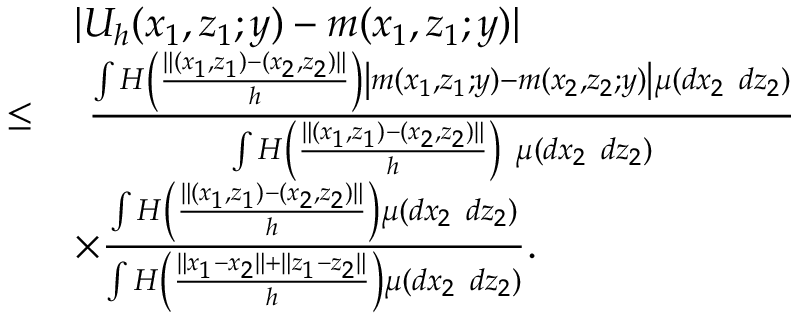
\begin{array} { r l } & { | U _ { h } ( x _ { 1 } , z _ { 1 } ; y ) - m ( x _ { 1 } , z _ { 1 } ; y ) | } \\ { \leq } & { \ \frac { \int H \left( \frac { \| ( x _ { 1 } , z _ { 1 } ) - ( x _ { 2 } , z _ { 2 } ) \| } { h } \right) \left| m ( x _ { 1 } , z _ { 1 } ; y ) - m ( x _ { 2 } , z _ { 2 } ; y ) \right| \mu ( d x _ { 2 } \ d z _ { 2 } ) } { \int H \left( \frac { \| ( x _ { 1 } , z _ { 1 } ) - ( x _ { 2 } , z _ { 2 } ) \| } { h } \right) \ \mu ( d x _ { 2 } \ d z _ { 2 } ) } } \\ & { \times \frac { \int H \left( \frac { \| ( x _ { 1 } , z _ { 1 } ) - ( x _ { 2 } , z _ { 2 } ) \| } { h } \right) \mu ( d x _ { 2 } \ d z _ { 2 } ) } { \int H \left( \frac { \| x _ { 1 } - x _ { 2 } \| + \| z _ { 1 } - z _ { 2 } \| } { h } \right) \mu ( d x _ { 2 } \ d z _ { 2 } ) } . } \end{array}